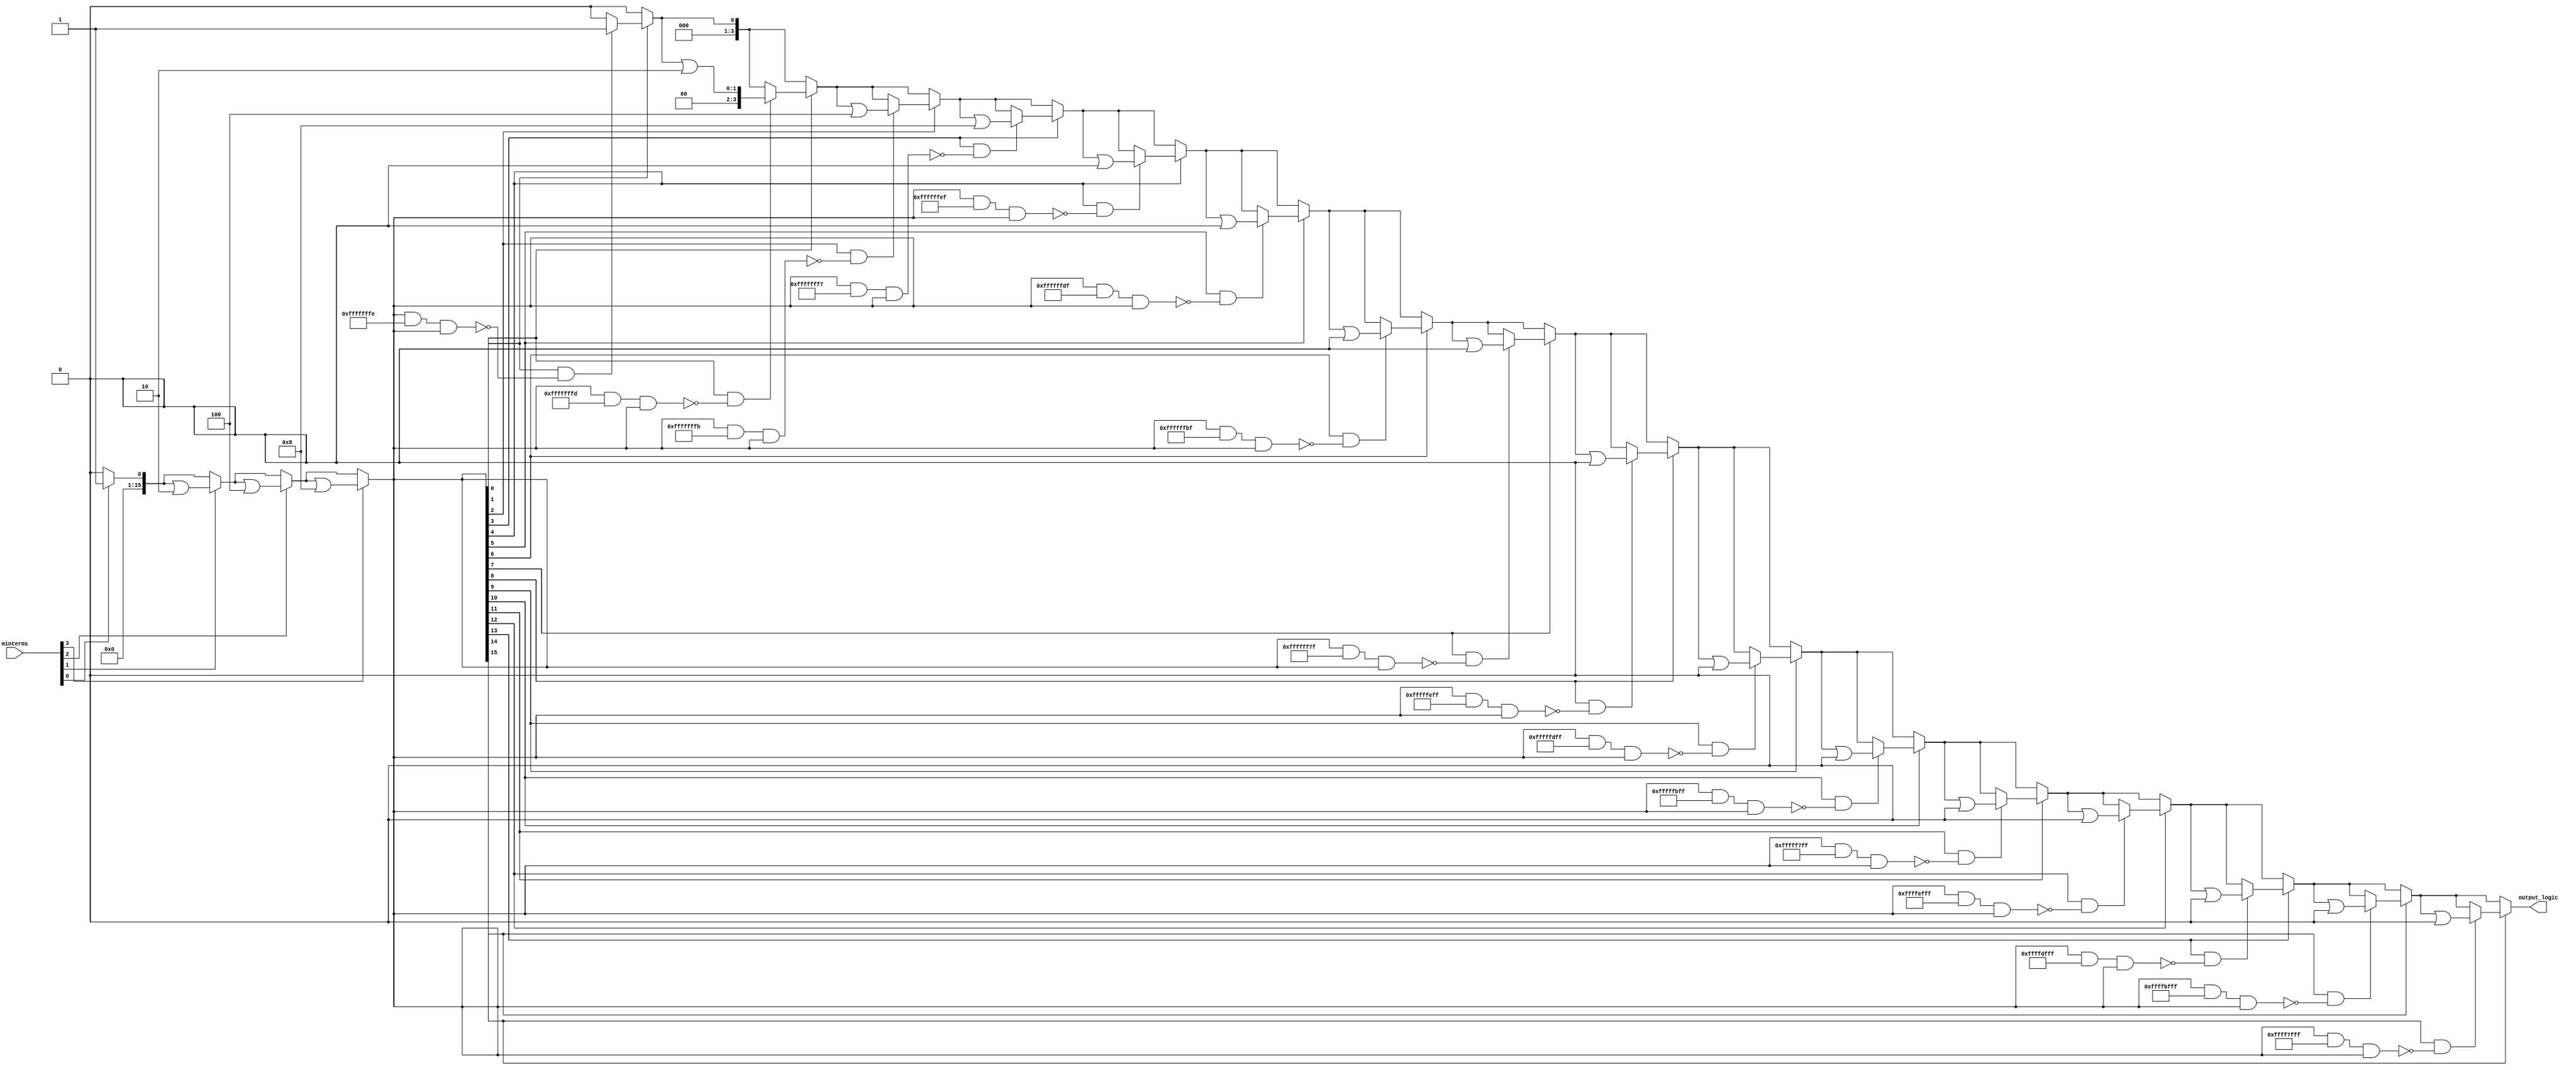
module PrimeImplicant (
    input wire [3:0] minterms, // 4-bit input for minterms (for 0-15)
    output wire [3:0] output_logic // 4-bit output for the simplified function
);

// Internal signals
reg [15:0] implicants; // To store implicants
reg [15:0] essential_implicants; // To store essential prime implicants
integer i, j;

// Function to generate implicants based on minterms
always @(*) begin
    implicants = 0; // Reset implicants
    for (i = 0; i < 16; i = i + 1) begin
        if (minterms[i]) begin
            implicants = implicants | (1 << i); // Set implicant for the minterm
        end
    end
end

// Function to identify essential prime implicants
always @(*) begin
    essential_implicants = 0; // Reset essential implicants
    for (i = 0; i < 16; i = i + 1) begin
        if (implicants[i]) begin
            // Check if this implicant is essential
            // (This is a simplified condition for illustration)
            if (implicants[i] && !((implicants & ~(1 << i)) & implicants)) begin
                essential_implicants = essential_implicants | (1 << i);
            end
        end
    end
end

// Output logic
assign output_logic = essential_implicants;

endmodule